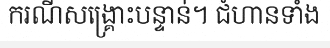
ករណីសង្គ្រោះបន្ទាន់។ ជំហានទាំង